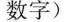
数字)